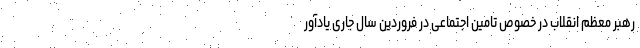
رهبر معظم انقلاب در خصوص تامین اجتماعی در فروردین سال جاری یادآور